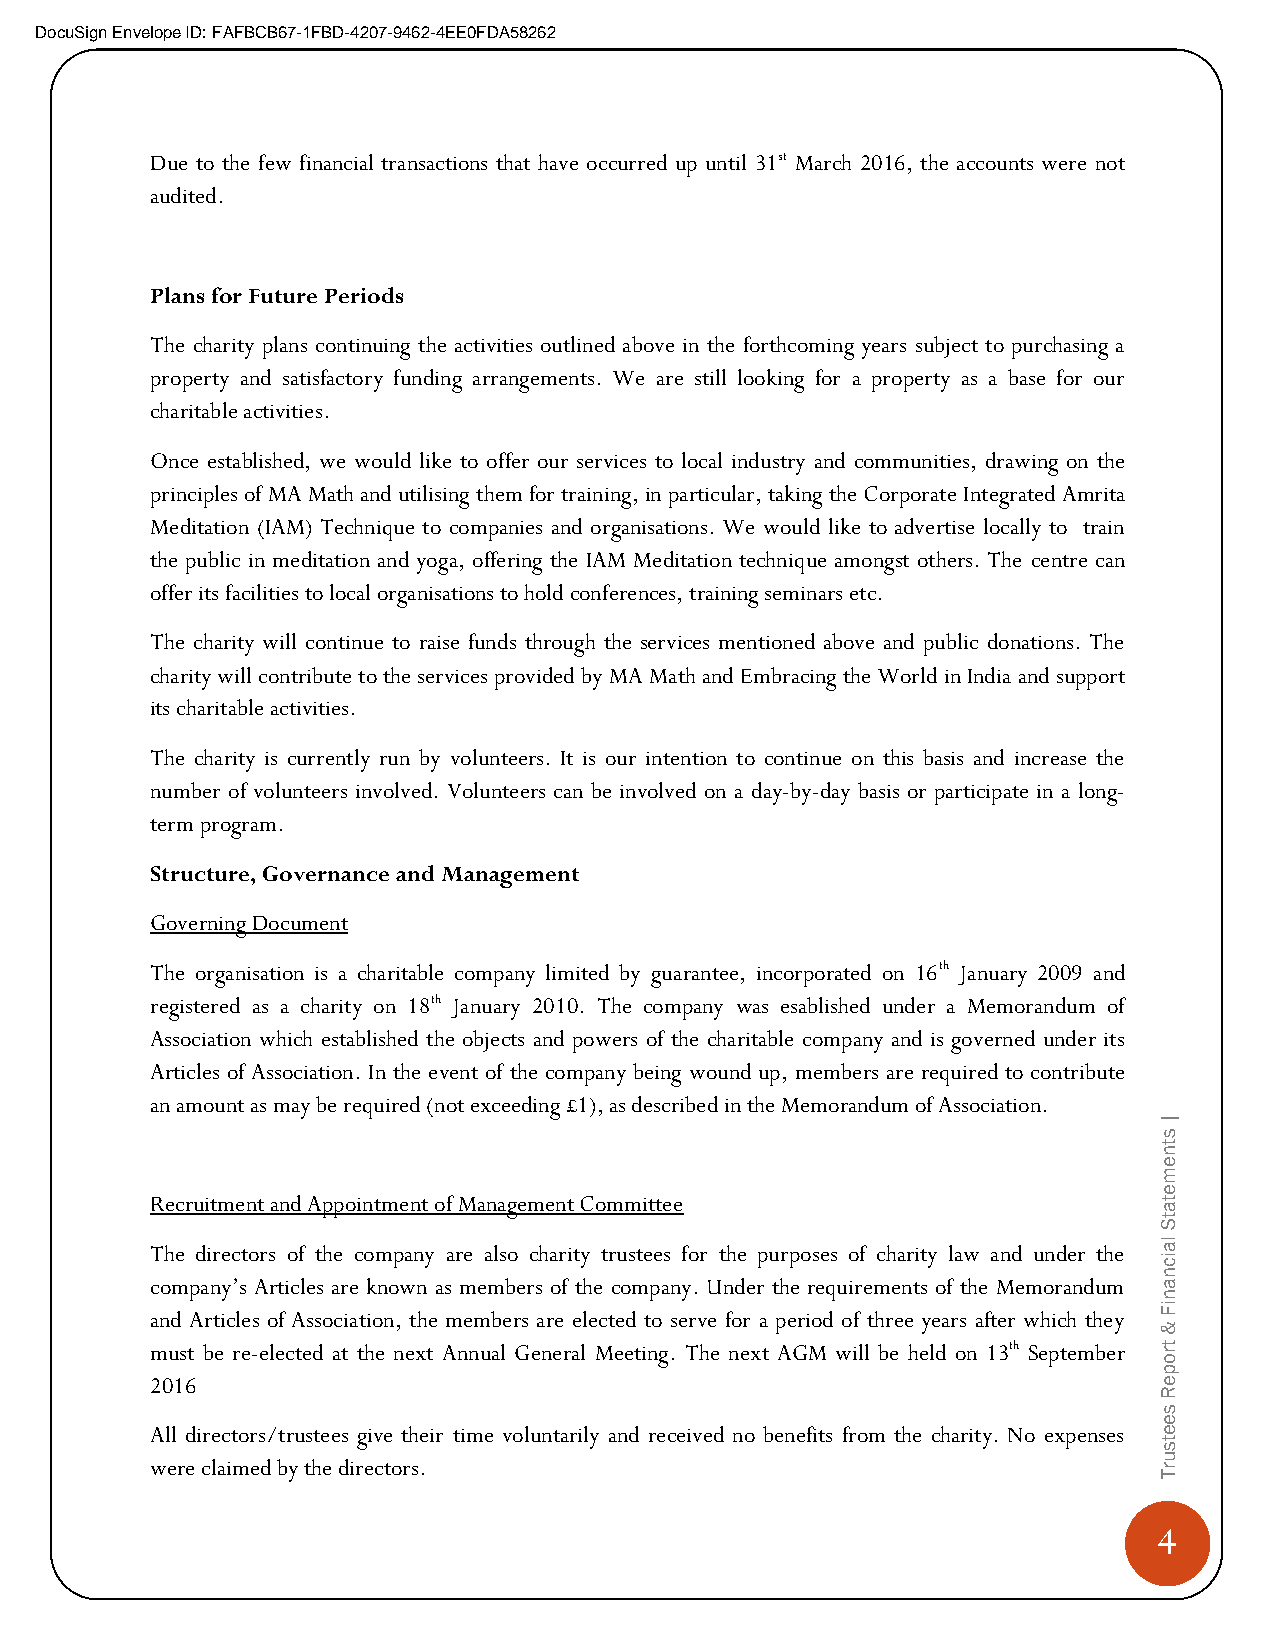
DocuSign Envelope ID: FAFBCB67-1FBD-4207-9462-4EE0FDA58262
 Due to the few financial transactions that have occurred up until 31st March 2016, the accounts were not
 audited.
 Plans for Future Periods
 The charity plans continuing the activities outlined above in the forthcoming years subject to purchasing a
 property and satisfactory funding arrangements. We are still looking for a property as a base for our
 charitable activities.
 Once established, we would like to offer our services to local industry and communities, drawing on the
 principles of MA Math and utilising them for training, in particular, taking the Corporate Integrated Amrita
 Meditation (IAM) Technique to companies and organisations. We would like to advertise locally to train
 the public in meditation and yoga, offering the IAM Meditation technique amongst others. The centre can
 offer its facilities to local organisations to hold conferences, training seminars etc.
 The charity will continue to raise funds through the services mentioned above and public donations. The
 charity will contribute to the services provided by MA Math and Embracing the World in India and support
 its charitable activities.
 The charity is currently run by volunteers. It is our intention to continue on this basis and increase the
 number of volunteers involved. Volunteers can be involved on a day-by-day basis or participate in a long-
 term program.
 Structure, Governance and Management
 Governing Document
 The organisation is a charitable company limited by guarantee, incorporated on 16th January 2009 and
 registered as a charity on 18th January 2010. The company was esablished under a Memorandum of
 Association which established the objects and powers of the charitable company and is governed under its
 Articles of Association. In the event of the company being wound up, members are required to contribute
 an amount as may be required (not exceeding £1), as described in the Memorandum of Association.
 |
 s
 t
 n
 e
 m
 e
 Recruitment and Appointment of Management Committee                t
 a
 t
 S
 The directors of the company are also charity trustees for the purposes of charity law and under the
 la
 ic
 n
 company’s Articles are known as members of the company. Under the requirements of the Memorandum a
 n
 and Articles of Association, the members are elected to serve for a period of three years after which they
 iF
 &
 must be re-elected at the next Annual General Meeting. The next AGM will be held on 13th September tr
 o
 p
 2016                                                               e
 R
 s
 e
 All directors/trustees give their time voluntarily and received no benefits from the charity. No expenses e
 t
 s
 u
 were claimed by the directors.                                     r
 T
 4